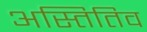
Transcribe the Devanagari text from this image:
अस्तितिव